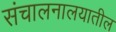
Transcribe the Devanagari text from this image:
संचालनालयातील